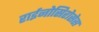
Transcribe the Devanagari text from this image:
राईनोसिरोसेस